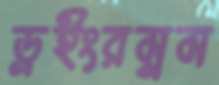
ড্রইংরম্নম